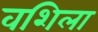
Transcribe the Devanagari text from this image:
वशिला